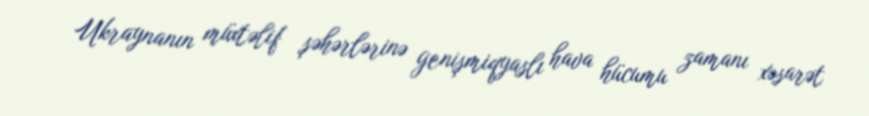
Ukraynanın müxtəlif şəhərlərinə genişmiqyaslı hava hücumu zamanı xəsarət